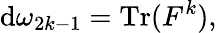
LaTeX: \mathrm{d}\omega_{2k-1}=\operatorname{Tr}(F^{k}),